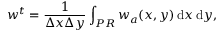
w ^ { t } = \frac { 1 } { \Delta x \Delta y } \int _ { P R } w _ { a } ( x , y ) \, \mathrm { d } x \, \mathrm { d } y ,